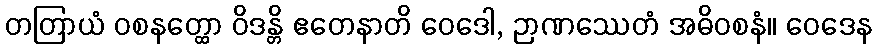
တတြာယံ ဝစနတ္ထော ဝိဒန္တိ ဧတေနာတိ ဝေဒေါ, ဉာဏဿေတံ အဓိဝစနံ။ ဝေဒေန